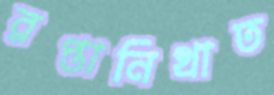
রপ্তানিখাত